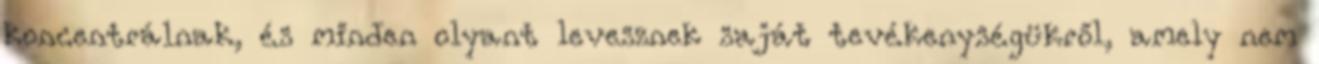
koncentrálnak, és minden olyant levesznek saját tevékenységükről, amely nem